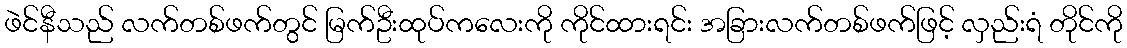
ဖဲင်နီသည် လက်တစ်ဖက်တွင် မြက်ဦးထုပ်ကလေးကို ကိုင်ထားရင်း အခြားလက်တစ်ဖက်ဖြင့် လှည်းရံ တိုင်ကို